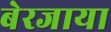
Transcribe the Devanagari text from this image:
बेरजाया